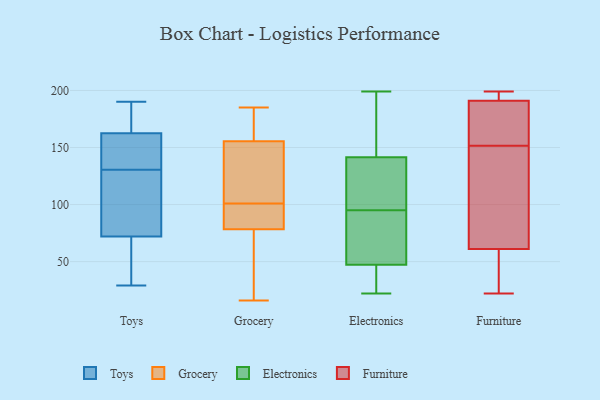
{"axis": {"x": "Inventory Turnover", "y": "Value"}, "legend": ["Electronics", "Furniture", "Grocery", "Toys"], "data": [{"x": "", "y": 190, "type": "Toys"}, {"x": "", "y": 113, "type": "Toys"}, {"x": "", "y": 29, "type": "Toys"}, {"x": "", "y": 98, "type": "Toys"}, {"x": "", "y": 102, "type": "Toys"}, {"x": "", "y": 42, "type": "Toys"}, {"x": "", "y": 163, "type": "Toys"}, {"x": "", "y": 161, "type": "Toys"}, {"x": "", "y": 162, "type": "Toys"}, {"x": "", "y": 46, "type": "Toys"}, {"x": "", "y": 148, "type": "Toys"}, {"x": "", "y": 164, "type": "Toys"}, {"x": "", "y": 46, "type": "Grocery"}, {"x": "", "y": 166, "type": "Grocery"}, {"x": "", "y": 94, "type": "Grocery"}, {"x": "", "y": 31, "type": "Grocery"}, {"x": "", "y": 89, "type": "Grocery"}, {"x": "", "y": 152, "type": "Grocery"}, {"x": "", "y": 96, "type": "Grocery"}, {"x": "", "y": 16, "type": "Grocery"}, {"x": "", "y": 179, "type": "Grocery"}, {"x": "", "y": 101, "type": "Grocery"}, {"x": "", "y": 185, "type": "Grocery"}, {"x": "", "y": 112, "type": "Grocery"}, {"x": "", "y": 134, "type": "Grocery"}, {"x": "", "y": 182, "type": "Electronics"}, {"x": "", "y": 22, "type": "Electronics"}, {"x": "", "y": 104, "type": "Electronics"}, {"x": "", "y": 52, "type": "Electronics"}, {"x": "", "y": 49, "type": "Electronics"}, {"x": "", "y": 128, "type": "Electronics"}, {"x": "", "y": 196, "type": "Electronics"}, {"x": "", "y": 116, "type": "Electronics"}, {"x": "", "y": 64, "type": "Electronics"}, {"x": "", "y": 25, "type": "Electronics"}, {"x": "", "y": 199, "type": "Electronics"}, {"x": "", "y": 42, "type": "Electronics"}, {"x": "", "y": 95, "type": "Electronics"}, {"x": "", "y": 195, "type": "Furniture"}, {"x": "", "y": 22, "type": "Furniture"}, {"x": "", "y": 61, "type": "Furniture"}, {"x": "", "y": 164, "type": "Furniture"}, {"x": "", "y": 199, "type": "Furniture"}, {"x": "", "y": 23, "type": "Furniture"}, {"x": "", "y": 47, "type": "Furniture"}, {"x": "", "y": 152, "type": "Furniture"}, {"x": "", "y": 191, "type": "Furniture"}, {"x": "", "y": 151, "type": "Furniture"}, {"x": "", "y": 162, "type": "Furniture"}, {"x": "", "y": 109, "type": "Furniture"}, {"x": "", "y": 194, "type": "Furniture"}, {"x": "", "y": 64, "type": "Furniture"}]}